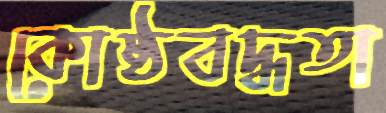
কোষ্ঠবদ্ধতা